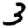
Digit: 3